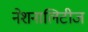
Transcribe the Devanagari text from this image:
नेशनालिटीज